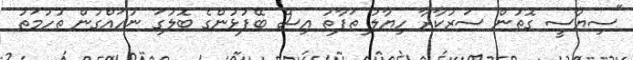
"ސިޔާސީ ގޮތުން ސަރުކާރާ ހިޔާލު ތަފާތު އިސް ބޭފުޅުންގެ ބޮލުގަ ނުހައްގުން ތުހުމަތު